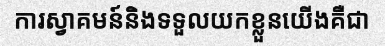
ការស្វាគមន៍និងទទួលយកខ្លួនយើងគឺជា